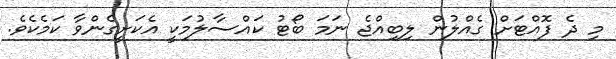
މި ދެ ފޮއްޓަށް ގެއްލުން ލިބިއްޖެ ނަމަ ބޯޓު ކައްސާލުމަކީ އެކަށީގެންވާ ކަމެކެވެ.